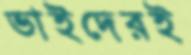
ভাইদেরই